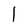
Character: l